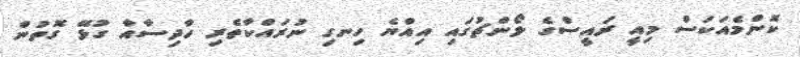
ކޮންމެއަކަސް މިއީ ރައީސްގެ ލޯންޗުގައި އިއްޔެ ހިނގި ނުރައްކާތެރި ހާދިސާއާ ގުޅޭ ގޮތުން